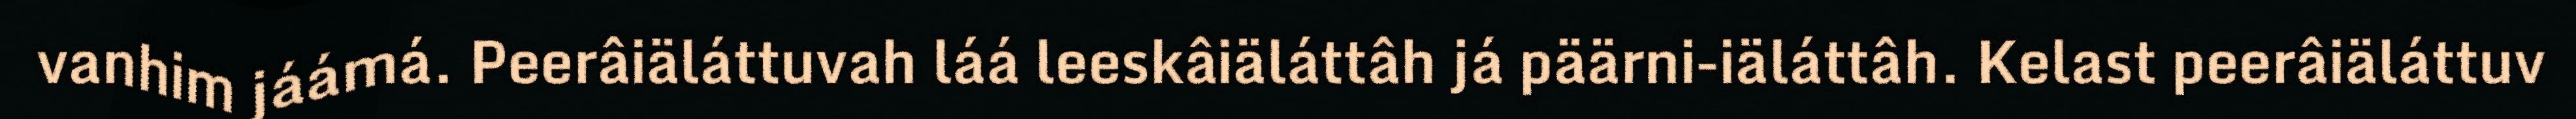
vanhim jáámá. Peerâiäláttuvah láá leeskâiäláttâh já päärni-iäláttâh. Kelast peerâiäláttuv